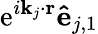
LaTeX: \textrm{e}^{i\mathbf{k}_{j}\cdot\mathbf{r}}\mathbf{\hat{e}}_{j,1}